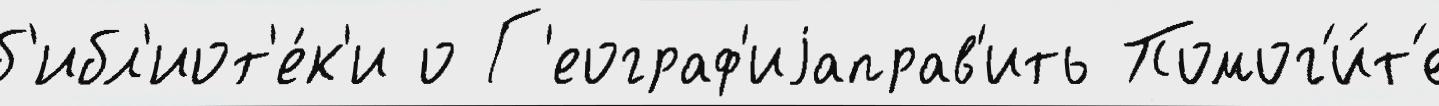
б'ибл'иот'е́к'и о Г'еограф'иjаправ'ить Помог'и́т'е